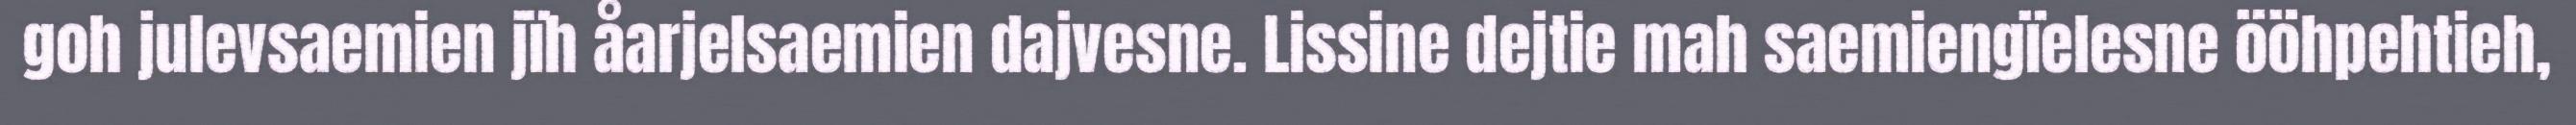
goh julevsaemien jïh åarjelsaemien dajvesne. Lissine dejtie mah saemiengïelesne ööhpehtieh,